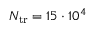
N _ { \mathrm { t r } } = 1 5 \cdot 1 0 ^ { 4 }